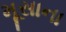
મૂસાના